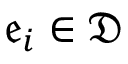
\mathfrak { e } _ { i } \in \mathfrak { D }